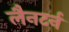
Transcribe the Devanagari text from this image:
लैनटर्न